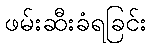
ဖမ်းဆီးခံရခြင်း